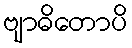
ဗျာဓိတောပိ